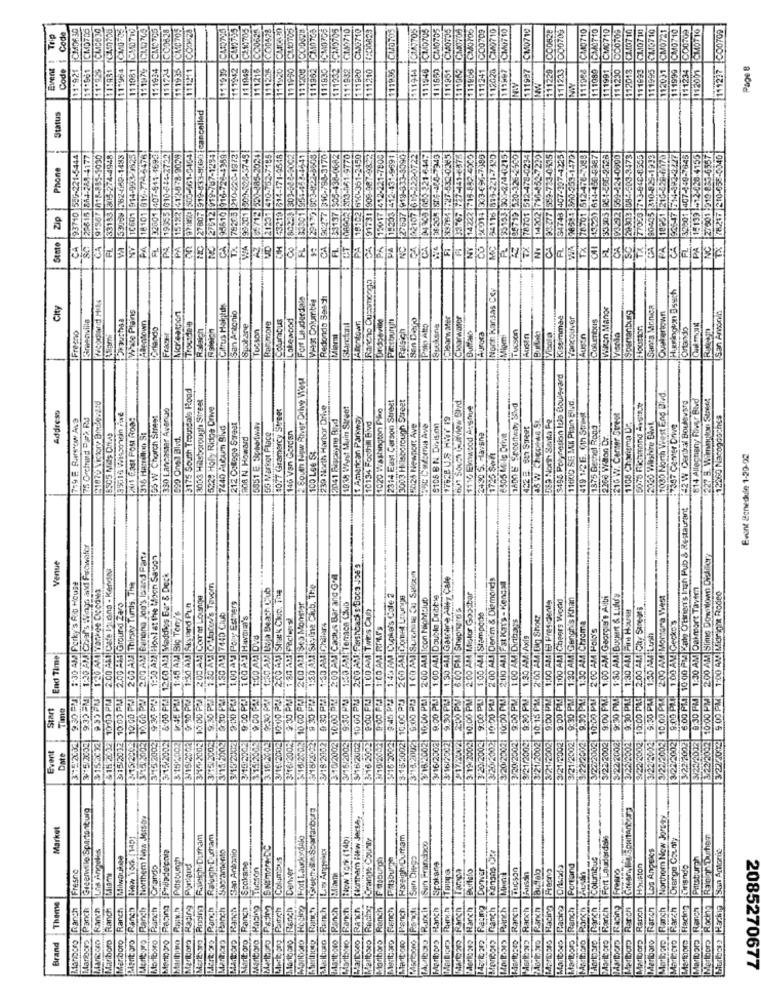
PCM0630
CM3706
CM0-05
CM0710
CC0828
111211 COOZA
CL1755
CO06RS
COD478
CLIOTOS
111830 FCM0705
111332 CM10705
CL0710
CAJ0710
111914 1C1/7705
111948 CM0705
111553 CM0705
111951 C140705
111062 C150706
CO0709
112020 CM0710
11197 CMU710
111997 CM0719
CO0528
000709
CM0710
CM0710
CM0710
CD0709
112013 C1.10710
C1.10710
C1,19710
CM0721
CM0710
CO0709
CMOT10
111277 CO0709
Trip
Code 1 Code
Event :
11.961
11.929
111964
111081
111976
11 1934
111724
111939
1111942
11 1949
111215
111226
111920
11 1950
11 1208
111962
211932
111980
111210
111936
111241
111997
11/233
111958
111080
111230
111995
111999
111234
012001
Page 8
NO
111229
126.14
FIC 27807 919-633-8790 cancelled
Status
30-0345
3/4-6215
70-0233
93710 559-221-5444
22815 864-288-4177
91367 418-885-3090
33153 505-274-4948
53089 :282-669-1488
10601 914-993-1825
18101 819-77-25476
FL 32001 407-911-4693
PA 19355 010-688-2722
PA 15182 614-878-9029
X3 505-661-6454
27612 019-767-1291
93610 916-726-4389
78203 210220-1973
198201 800-528-37491
VD 21207 410-732-7185
43219 814-171-6548
80529 |303-888-8002
FL 33501 961-458-441
3-822-3500
10-798-3170
438-0682
FL 33137 505-438-0682
ET 106602 203-061-9770
PA 12017 412-221-7800
221-7800
PA 1:203 412-431-9691
-9691
27637 919-333-8090
2722
92107 619-222-0722
2 C9 09 -21 6147
7343
83767 717-441-6376
14222 715-882-4905
3-696-7385
FL 33153 500-2/4-4215
78701 512-478-0234
33-7210
14202 716-433-7232
723-0415
93-777 559-733-0335
54743 407-997-4225
397-4225
78701 512-476-7088
041 15521 614-453-6387
FL 33903 881-896-2728
CA 94232 559-424-0900
SC 20303 08 -- 563-3473
70:3-713-846-8555
CA 90405 310-829-1993
18251 216-628-6170
FL.32201 407-849-7345
PA 1:133 -12-428-4155
27001 :219-833-6557
8247 210-655-0340
Phone
18102 910-351
91731 908-987-
24113
54743
Zip
93017
14227
78701
14202
23. 277
Stato
CA
FL
NY
PA
CA
00
CA
FL
BEST
PA
PA
INC
NY
TX
NY
NC
Noch Kansas Cey
Hieringuy Bosch
Fort Lauderdale
West Columbia
Redondo Sesch
City
Citrus Haktth
Mion Mange
Santa Monica
Einenvilla
HDkauchaa
White Plains
Nicreexport
San Antonio
Lakewood
Ben Dejo
Clearwater
Kissimmee
Vancouver
CORETAXIS
|Spartanburg
Questertown
ISan Antonio
Haentown
Orlando
Trocideia
Tucson
Farmore
Alontown
Ralsich
1Sucksne
Visala
Houston
Ortando
Freeno
Aligmi
Buffalo
Miom
Vicolo
Augen
C
E South New River Dilwe Wiese
5195 Polynesion los tioulevard
3175 South Trousdale Road
3008 Hilsborough Street
3003 Hilsborough Street
1080 North West End Bied
814 Allegheny River Blvd
227 5. Wilmington Street
21879 Viktore Bmseward
330 Lancaster Avenue
5228 Holly Ridge Drive
4077 Gramercy Street
239 Nocth Harbor Drive
1039 WAnst Main Street
1020 Washington Pike
2314 Euxt Cerson Street
$110 Elmwood Ausnue
1800 E Spoortway Shed
5070 Richmond Avenue
42 W Central Boulevard
Address
719 F Rarwow AvB
35315 Was0win Plat
Zu1 Gast POM Roa!
LES W Church Street
(2041 5cas ne Rivd
American Parkway
45 W Chepews Sz.
15Sa North Santa Fe
419 126. Ch Strek
216 W. Carter Street
2020 Wilshire Binit
12260 Nacogdoches
7440 -AbAm Sivd
212 Cotage Svest
5851 E Speedway
10134 Foothill Blvd
5025 Newport Ave
9105 B N. Division
422 5 607 Street
1875 Beczel Rond
1108 Charitma Da
F347 Cerer Drwe
316 Harrellon St
B90 Ones Blvd.
BOR N. Howard
55 Marinot Place
140 Van Gordan
2430 5. Havana
8505 Mlg Drive
2268 Walton Dr.
100 Lse $:
1725 Sont
Event &onedule 1-29-02
6:00 PM 10:00 PM Kale CHinien's Ingh Pub & Restaurant
9:35 PM| 1:30 AM Car's Wings and Flowafor
200 AM Banana Joe's is and Parte
1:30 AM Howlat the Moon Sapon
2.00 AM STinis Downtown Dizilery
Venue
2:00 AM Cafe Viens - KendiN
10 00 PM 2.00 All: Flashbacks Boca Joe's
8:00 Fr! 1200 A! Maddies Bar & Deck
200 AM Cactus Bar and Gril
1 00 AM Sunghing tas Sutoun
1.50 PM Gastr Alty Cale
2.00 ALI Den'm & Diamonds
3:30 AM Porky's Rib House
2 00 AM Thirsty Turis. The
1.80 AV 0 15cov's Tavern
1:30 AM UE a Beach Club
9 30 PM: 1:50 AM Sisine Citb, The
2:00 AM FSt KaY's - Kendra
0:30 PM 1:30 AM Dalmort Tavern
200 AM Corret Lounge
2.00 AM Shack Chuc. The
1:44 AM Cuphe's Cole 2
2:00 AM Cont LOUIS
2:00 AM Icon Nightclub
1:00 ALI Double Dribble
2:00 AM Motor Goodbor
1:00 ALI Cheers Wodd
9:30 PM| 1:30 AM Genghis Khan
9:00 PM 1:00 AM Georgis's Allti
1.30 AM Bugert & Lulu'y
2:00 AM Mortara West
3/222012 9.00 PM |1:00 AM Moright Rodeo
10:00 PM 2.00 AN Ground Zero
1:45 AM Bic Ten/6
1:50 AM Skyland PLn
1,00 AU Poly Esthers
10.00 PM| 200 ALI Sea Monster
1:00 AM: Terrace (Sub
9:00 PM 10DAM THES CAD
6:00 PM Shepherd'S
1:00 AM El Presidente
9:30 PM 1:30 AM Fint House
1.50 ALL 744D CAA)
1.00 AM Havana's
3416/2002 9:30 PM| 1:30 AM Fachensi
1:00 AM Stampode
1:00 AM Dirthays
2:00 AM Lily Shot
9:00 PM 1.00 AM Gecko's
1:50 AM ChalArs
1:00 AM RAP'S
1:30 AM Chroma
2:00 AM Pollo's
1:30 AM Axis
1:30 AM Lush
End Time
9.30 PL
9:35 EM
&15 2012 7:05 PM
315/2032 10:00 PM
10:00 PRA
934 PM
9: 30 PM
10:00 PRA
9.30 PM
9:00 PES
9:00 PM !!
9.00 Pag
3/18/2102 9:30 PM2
10:00 PM
9:30 PM
9:00 FR
:002 10:00 PM
10:00 PM
9:00 PM
9.90 PM
17/AUNA 2:00 PMI
3 19/2002 10.00 PM
9:00 PL
10:00 PM
20021 10:00 13
9:00 PM
3/21/2002 9:30 PM
10:15 PM
9:00 PM
9:00 PM
9.30 PAL
10:00 PAR
3-22 2002- 9:30 PM
3422/2002 10:00 PAC
3/22/2003 9:30 PM
3/22/002 10,00 PRO
3/22/2002 10:00 PM
Start
3/15/2002
3/15/2002
3/15 2002
3/16/2002
002
20021
J2002
3/21/2002
3/21/2002
3/22/2002
3/22/2002
3/22/2002
315/2052
$1542C32
002
002
+14.5002
'2002
3.15:2002
002
SM16/2002
3/16/2002
2003
002
002
2/21/2002
3/22/2002
5/22/2002
Date
3-1
3/2
3/20
3/2
32
55
Greerwille Spurtont wg
bethog Runch Kteethka Spartanburg
Northem Nina Jess-ore
Northern Now Jorsty
Market
Rainich.Durham
Rabich.Durram
Morboro Hecho? |Fort Lauderdale
Poranne County
Rxsigh Durham
Fort Lauderdale
Rainign Dumher
Los Angeles
Basamento
San Antonio
San Francisco
Los Angeles
Milwaukee
Pittsburgh
Columbus
Ratsburge
Ranch |San Diego
Columbus
Pittsburgh
Marlboro Racing San Antoniit
Fresno
Orlando
Portland
Spokane
Marlboro Racing Tutson
Denver
Spokane
Buffalo
Denver
Freono
Portland
Drsndo
Austin
Theme
Ranch
Panch
Ranch
Ranch
Ranch
Meritors Ranch
Marlboro Ranch
Ranch
Marlboro Racing
Marlboro Racing
Mark xp Ranch
Unboro Ranch
labors Ranch
Marlboro Ranch
Mestooro Paitch
lariboro Ranch
Jakboro Ranch
Ranch
Ranch
Rawh
Ranch
Rench
Ranch
Rurxit
Ranch
Rur.h
Ranch
Ranch
Ranch
Ranch
Ranch
MIDOS Racing
Racing
Marlboro Ranch
Mechoro Ranch
Ranch
Ranch
Racing
Ranch
Ranch
Marlboro Rarch
Mothers |Ranch
Ranch
Marlboro Hacinn
Marlboro Ranch
Merloopp Racing
Ranch
Brand
Marioors
Mancom
Marlboro
Marboro
tarboro
10540
Marlboro
10 16045
Mariborp
Marlboro
2085270677